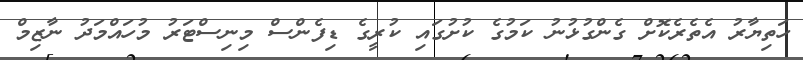
ހަތިޔާރު އެތެރެކޮށް ގެންގުޅުނު ކަމުގެ ކުށުގައި ކުރީގެ ޑިފެންސް މިނިސްޓަރު މުހައްމަދު ނާޒިމް